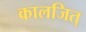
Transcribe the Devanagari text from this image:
कालजित्‌